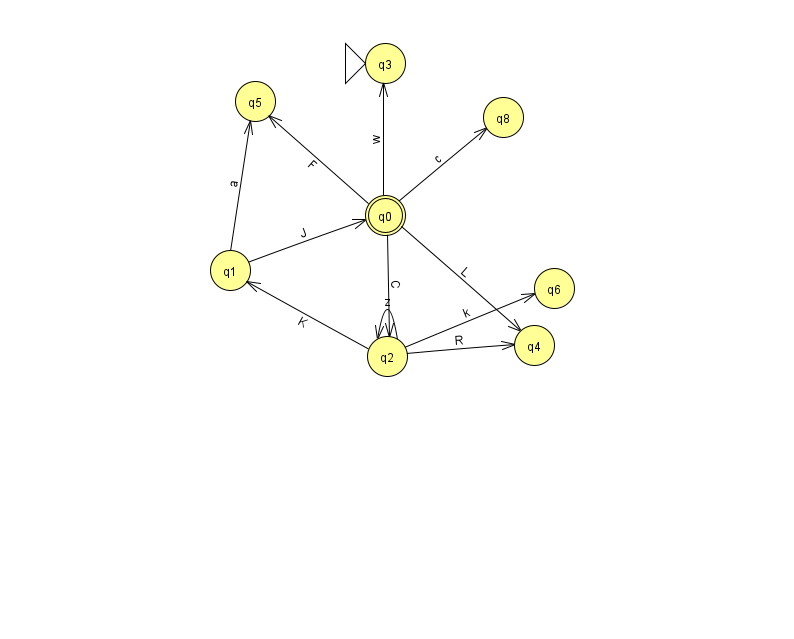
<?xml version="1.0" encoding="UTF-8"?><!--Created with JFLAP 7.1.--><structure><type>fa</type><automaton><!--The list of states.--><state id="0" name="q0"><x>385.0</x><y>202.0</y><final/></state><state id="1" name="q1"><x>230.0</x><y>257.0</y></state><state id="2" name="q2"><x>387.0</x><y>343.0</y></state><state id="3" name="q3"><x>385.0</x><y>50.0</y><initial/></state><state id="4" name="q4"><x>534.0</x><y>332.0</y></state><state id="5" name="q5"><x>255.0</x><y>88.0</y></state><state id="6" name="q6"><x>554.0</x><y>275.0</y></state><state id="8" name="q8"><x>503.0</x><y>104.0</y></state><!--The list of transitions.--><transition><from>2</from><to>4</to><read>R</read></transition><transition><from>0</from><to>3</to><read>w</read></transition><transition><from>1</from><to>5</to><read>a</read></transition><transition><from>0</from><to>5</to><read>F</read></transition><transition><from>0</from><to>2</to><read>C</read></transition><transition><from>1</from><to>0</to><read>J</read></transition><transition><from>0</from><to>4</to><read>L</read></transition><transition><from>0</from><to>8</to><read>c</read></transition><transition><from>2</from><to>2</to><read>z</read></transition><transition><from>2</from><to>1</to><read>K</read></transition><transition><from>2</from><to>6</to><read>k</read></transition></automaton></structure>